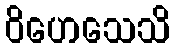
ဝိဟေသေသိ